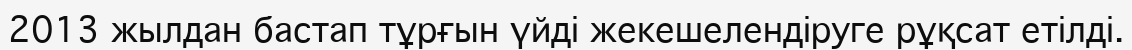
2013 жылдан бастап тұрғын үйді жекешелендіруге рұқсат етілді.